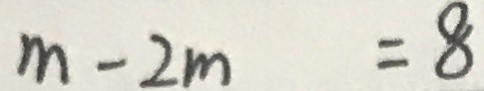
m - 2 m = 8